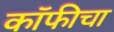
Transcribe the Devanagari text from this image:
कॉफीचा